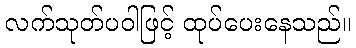
လက်သုတ်ပဝါဖြင့် ထုပ်ပေးနေသည်။